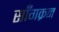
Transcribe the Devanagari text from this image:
साँगक्रन